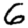
Digit: 6